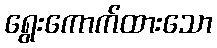
ရွေးကောက်ထားသော